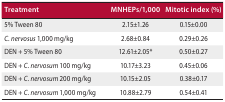
<table><thead><tr><td><b>Treatment</b></td><td><b>MNHEPs/1,000</b></td><td><b>Mitotic index (%)</b></td></tr></thead><tbody><tr><td>5% Tween 80</td><td>2.15±1.26</td><td>0.15±0.00</td></tr><tr><td><i>C. nervosus</i> 1,000 mg/kg</td><td>2.68±0.84</td><td>0.29±0.26</td></tr><tr><td>DEN + 5% Tween 80</td><td>12.61±2.05*</td><td>0.50±0.27</td></tr><tr><td>DEN + <i>C. nervosum</i> 100 mg/kg</td><td>10.17±3.23</td><td>0.45±0.06</td></tr><tr><td>DEN + <i>C. nervosum</i> 200 mg/kg</td><td>10.15±2.05</td><td>0.38±0.17</td></tr><tr><td>DEN + <i>C. nervosum</i> 1,000 mg/kg</td><td>10.88±2.79</td><td>0.54±0.41</td></tr></tbody></table>